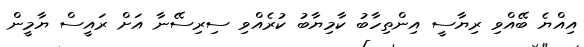
އިއްޔެ ބޭއްވި ރިޔާސީ އިންތިހާބު ކާމިޔާބު ކުރެއްވި ސިރިސޭނާ އަށް ރައީސް ޔާމީން